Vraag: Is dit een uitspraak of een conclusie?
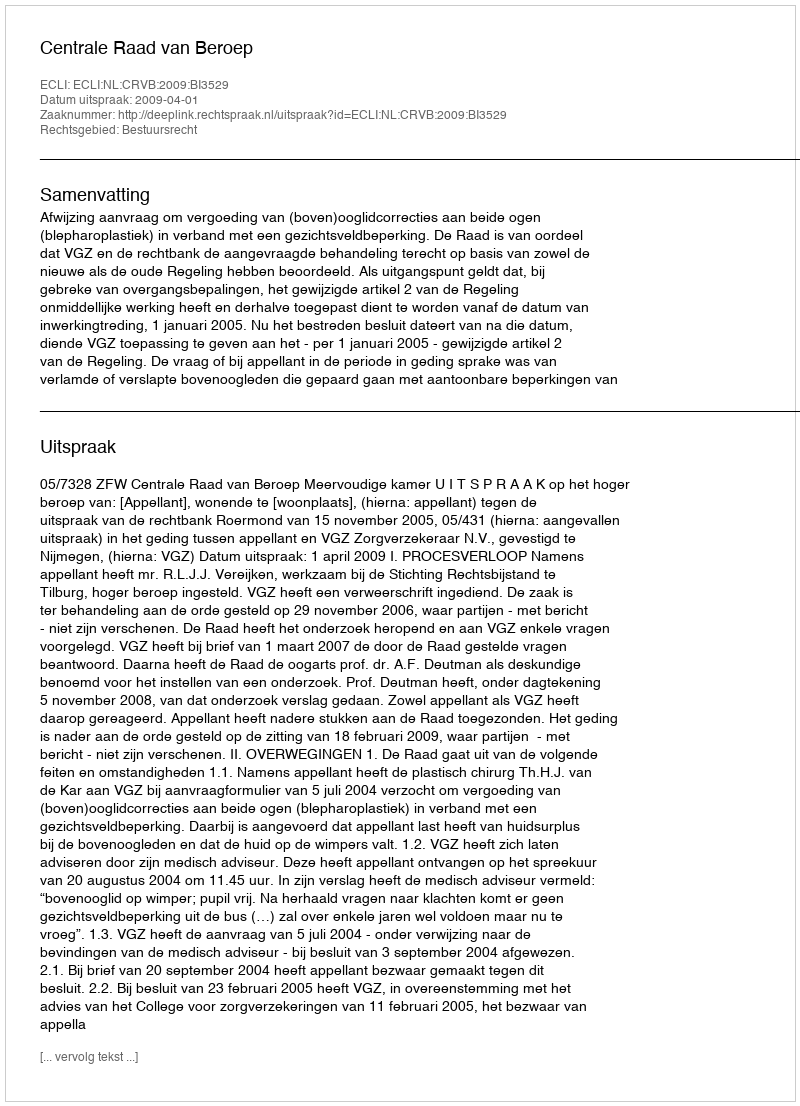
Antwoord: Uitspraak